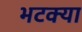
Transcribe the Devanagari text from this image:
भटक्‍या